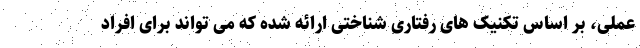
عملی، بر اساس تکنیک های رفتاری شناختی ارائه شده که می تواند برای افراد